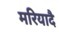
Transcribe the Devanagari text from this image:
मरियादै